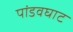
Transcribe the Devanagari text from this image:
पांडवघाट